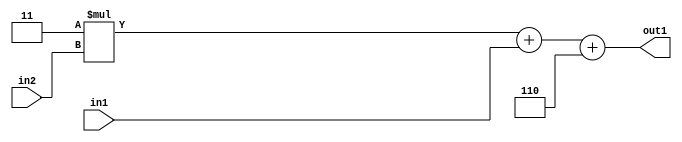
`timescale 1ps / 1ps
/*****************************************************************************
    Verilog RTL Description
    
    
    Created by: Stratus DpOpt 21.05.01 
*******************************************************************************/

module SobelFilter_Add3i6u2Mul2i3u2_1 (
	in2,
	in1,
	out1
	); /* architecture "behavioural" */ 
input [1:0] in2,
	in1;
output [4:0] out1;
wire [4:0] asc001;

wire [4:0] asc001_tmp_0;
wire [4:0] asc001_tmp_1;
assign asc001_tmp_1 = 
	+(5'B00011 * in2);
assign asc001_tmp_0 = asc001_tmp_1
	+(in1);
assign asc001 = asc001_tmp_0
	+(5'B00110);

assign out1 = asc001;
endmodule

/* CADENCE  uLTxTww= : u9/ySxbfrwZIxEzHVQQV8Q== ** DO NOT EDIT THIS LINE ******/